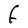
Character: F